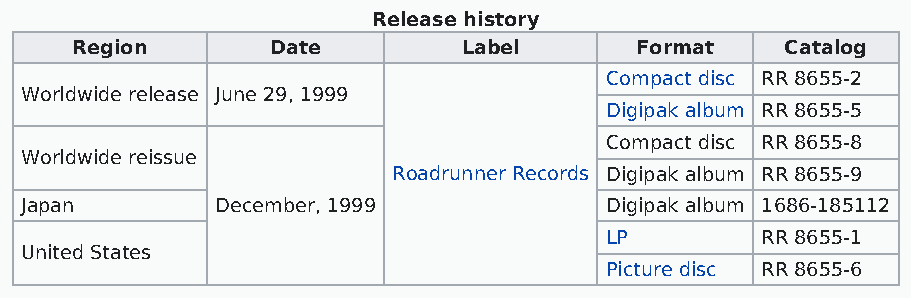
Release history
 Region       Date         Label      Format    Catalog
 Compact disc RR 8655-2
 Worldwide release June 29, 1999
 Digipak album RR 8655-5
 Compact disc RR 8655-8
 Worldwide reissue
 Roadrunner Records Digipak album RR 8655-9
 Japan        December, 1999            Digipak album 1686-185112
 LP        RR 8655-1
 United States
 Picture disc RR 8655-6